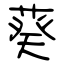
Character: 葵